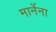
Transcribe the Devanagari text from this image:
मानेंना